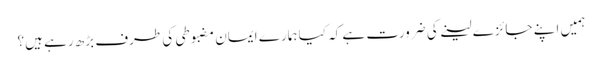
ہمیں اپنے جائزے لینے کی ضرورت ہے کہ کیا ہمارے ایمان مضبوطی کی طرف بڑھ رہے ہیں؟